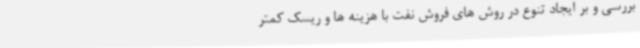
بررسی و بر ایجاد تنوع در روش های فروش نفت با هزینه ها و ریسک کمتر